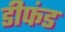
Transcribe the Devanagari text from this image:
डीफंड